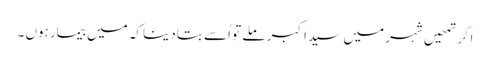
اگر تمھیں شہر میں سید اکبر ملے تو اُسے بتا دینا کہ میں بیمارہوں ۔